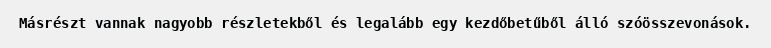
Másrészt vannak nagyobb részletekből és legalább egy kezdőbetűből álló szóösszevonások.